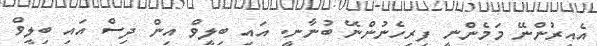
އެއިރުންނޭ މަމެންނީ ފިރިހެނުންނޭ ބުނާނީ. އައި ބިލީވް އިން ދިސް އައި ބިލީވް